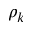
\rho _ { k }